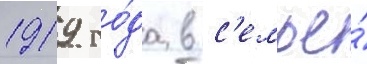
1919 го́да в с'емье́